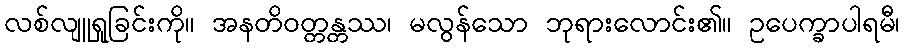
လစ်လျူရှုခြင်းကို။ အနတိဝတ္တန္တဿ၊ မလွန်သော ဘုရားလောင်း၏။ ဥပေက္ခာပါရမီ၊